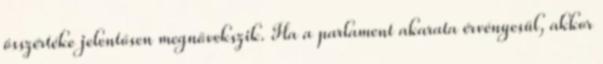
összértéke jelentősen megnövekszik. Ha a parlament akarata érvényesül, akkor